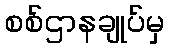
စစ်ဌာနချုပ်မှ